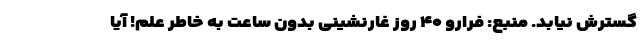
گسترش نیابد. منبع: فرارو ۴۰ روز غارنشینی بدون ساعت به خاطر علم! آیا